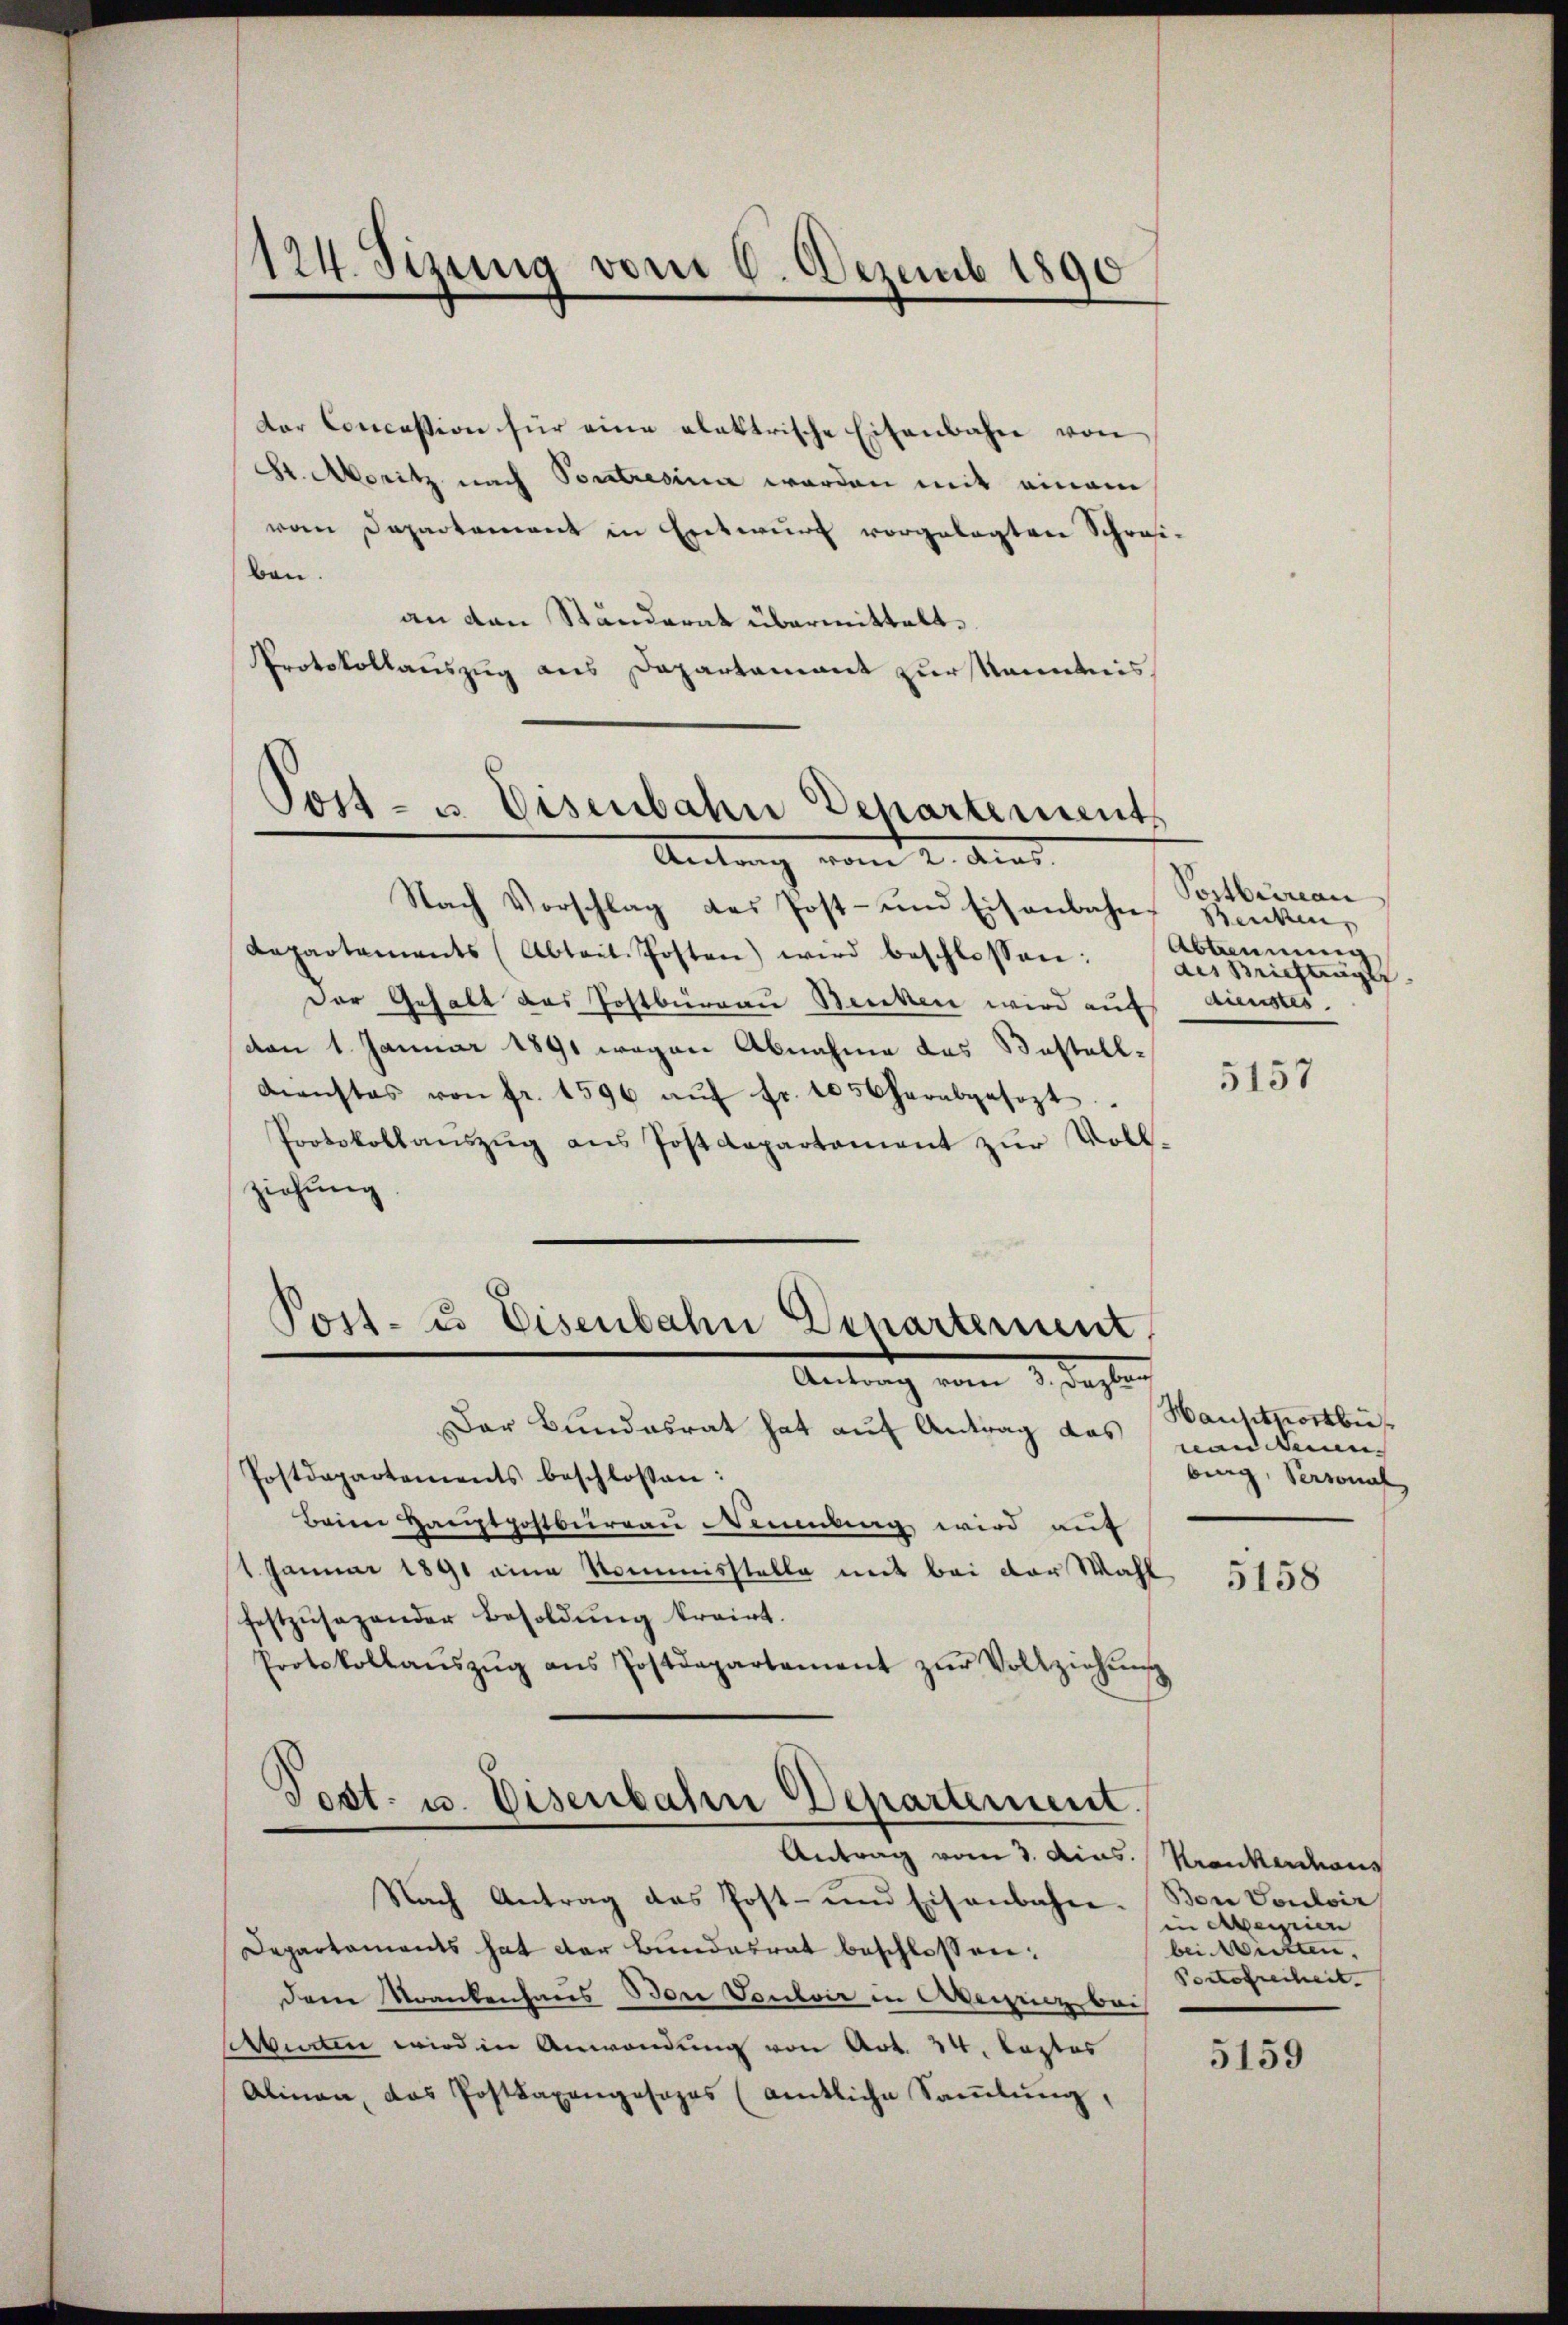
124. Sizung vom 6. Dezemb. 1890

der Concession für eine elektrische Eisenbahn von
St. Moritz nach Soutresinn worden mit einem
vom Departement in Entwurf vorgelegten Schreiben.
an den Ständerat übermittelt.
Protokollauszug aus Departamant zur kanntnis,

Post- u. Eisenbahn Departement
Antrag vom 2. Aus

Post- u. Eisenbahn Departement
 9. Septe

Post- u. Eisenbahn Departement.
Antrag vom 3. Ains. Krankerdeaus

Nach Antrag das Post- und Eisenbahn-
Departaments hat der Bundesrat beschlossen:
Dem Krankenhaus Bon Vontoir in Arbeizenz bei
Abarten wird in Anwendung von Art. 34. Lastes
Alinen, das Posttaxangesages (amtliche Samlung,

Nach Vorschlag des Post- und Eisenbahn-
Departaments (Abteit Posten) wird beschlossen:
Der Gehalt das Postbürgau Stecken wird auf
vom 1. Januar 1891 wegen Abnahme das Bestell-
Dienstes von fr. 1596 aŭf fr. 1050 herabgesezt
Protokollanszŭg ans Postdepartament zŭr Voll-
ziehung.

Der Bundesrat hat auf Antrag das
Postdepartements beschlossen:
Beim Hauptpostbureau Meinung wird auf
1. Januar 1891 eine Nommisstelle mit bei der Wahl
festzusagender Besoldung trairt.
Protokollaŭszŭg ans Postdepartement zŭr Vollziehŭng

Postbrican
Seiden,
Abtrennung
des Briefträger
dienstes

5157

Hausthortbu
nanden.
burg, Personal

5158

Bon Touloir
in Axeniien
bei Mitten.
Portofreiheit. |

5159